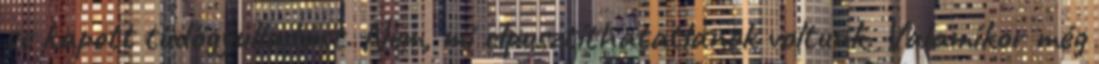
se kapott tüdőgyulladást. Nem, mi elpusztíthatatlanok voltunk. Valamikor még